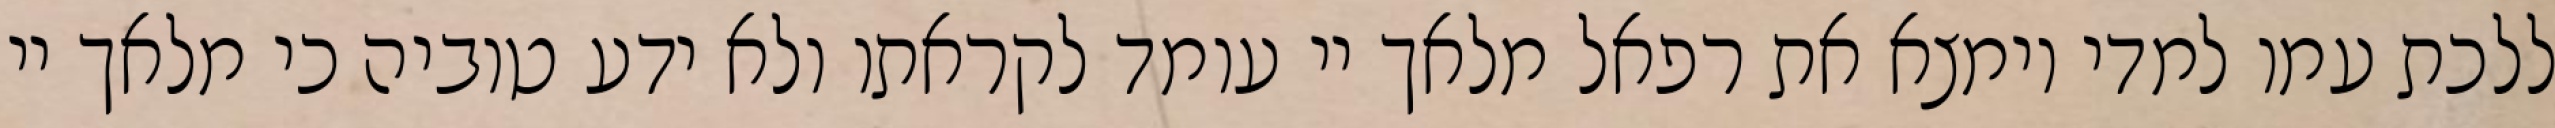
ללכת עמו למדי וימצא את רפאל מלאך יי עומד לקראתו ולא ידע טוביה כי מלאך יי